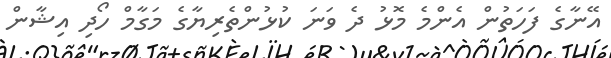
އޭނާގެ ފަހަތުން އެންމެ މޮޅު ދެ ވަނަ ކުޅުންތެރިޔާގެ މަގާމް ހޯދި އިޝާން